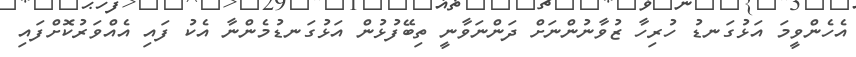
އެހެންވީމަ އަޅުގަނޑު ހުރިހާ ޒުވާނުންނަށް ދަންނަވާނީ ތިބޭފުޅުން އަޅުގަނޑުުމެންނާ އެކު ފައި އެއްވަރުކޮށްފައި